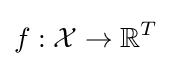
f:{\mathcal {X}}\rightarrow \mathbb {R} ^{T}